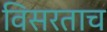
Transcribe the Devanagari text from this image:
विसरताच